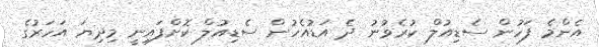
އެންމެ ފަހުން ސެޑިއުލް ކުރެވުނު ދެ އަޑުއެހުން ސެޑިއުލް ކޮށްފައިނީ މިދިޔަ އަހަރުގެ